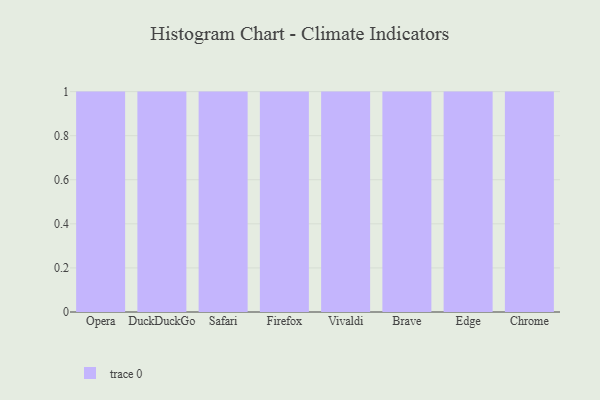
{"axis": {"x": "Browser", "y": "Net Income (USD K)"}, "legend": [""], "data": [{"x": "Opera", "y": 6, "type": ""}, {"x": "DuckDuckGo", "y": 59, "type": ""}, {"x": "Safari", "y": 64, "type": ""}, {"x": "Firefox", "y": 28, "type": ""}, {"x": "Vivaldi", "y": 53, "type": ""}, {"x": "Brave", "y": 66, "type": ""}, {"x": "Edge", "y": 8, "type": ""}, {"x": "Chrome", "y": 15, "type": ""}]}